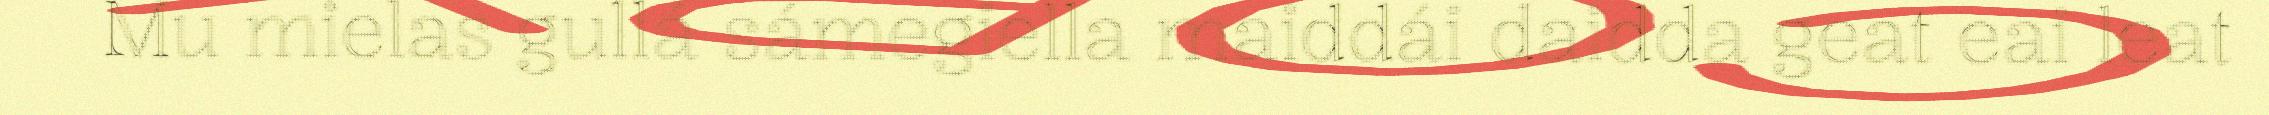
Mu mielas gullá sámegiella maiddái daidda geat eai leat